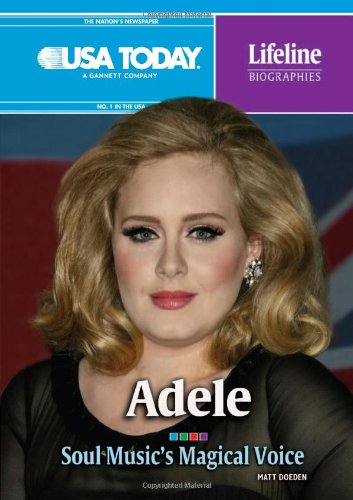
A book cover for Adele: Soul Music's Magical Voice (USA Today Lifeline Biographies); Matt Doeden; Teen & Young Adult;